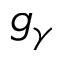
g _ { \gamma }